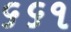
૬૬૧